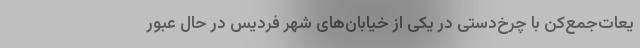
یعات‌جمع‌کن با چرخ‌دستی در یکی از خیابان‌های شهر فردیس در حال عبور